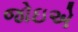
જોઇએ